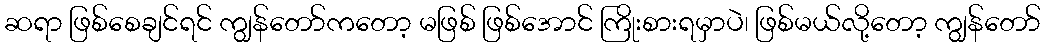
ဆရာ ဖြစ်စေချင်ရင် ကျွန်တော်ကတော့ မဖြစ် ဖြစ်အောင် ကြိုးစားရမှာပဲ၊ ဖြစ်မယ်လို့တော့ ကျွန်တော်